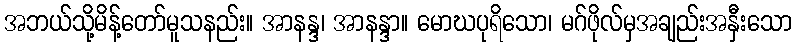
အဘယ်သို့မိန့်တော်မူသနည်း။ အာနန္ဒ၊ အာနန္ဒာ။ မောဃပုရိသော၊ မဂ်ဖိုလ်မှအချည်းအနှီးသော